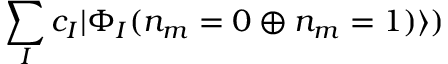
\sum _ { I } c _ { I } | \Phi _ { I } ( n _ { m } = 0 \oplus n _ { m } = 1 ) \rangle )